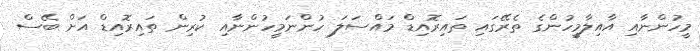
މީހުންނާއި އާއިލާމީހުންގެ ތެރޭގައި ތައިރޮއިޑް މައްސަލަ ހުންނަމީހުންނާއި ކުރިން ތައިރޮއިޑް އަށް ބޭސް